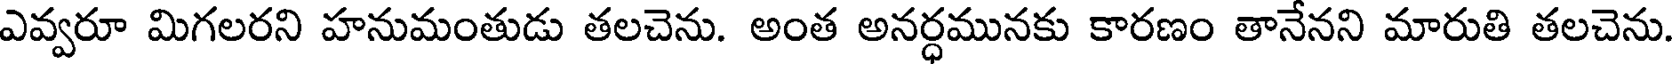
ఎవ్వరూ మిగలరని హనుమంతుడు తలచెను. అంత అనర్ధమునకు కారణం తానేనని మారుతి తలచెను.